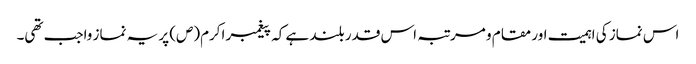
اس نماز کی اہمیت اور مقام و مرتبہ اس قدر بلند ہے کہ پیغمبر اکرم(ص) پر یہ نماز واجب تھی۔